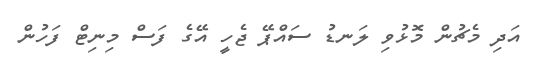
އަދި މެޗުން މޮޅުވި ލަނޑު ސައްޕޭ ޖެހީ އޭގެ ފަސް މިނިޓް ފަހުން